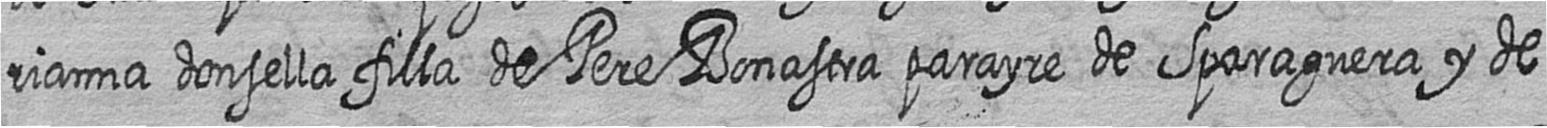
rianna donsella filla de Pere Bonastra parayre de Sparaguera y de